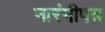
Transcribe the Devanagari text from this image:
नारंगीपत्र